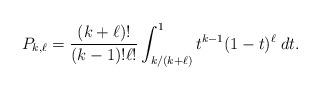
LaTeX: \begin{align*}P_{k,\ell} = \frac{(k+\ell)!}{(k-1)!\ell!}\int_{k/(k+\ell)}^1 t^{k-1}(1-t)^\ell\;dt.\end{align*}